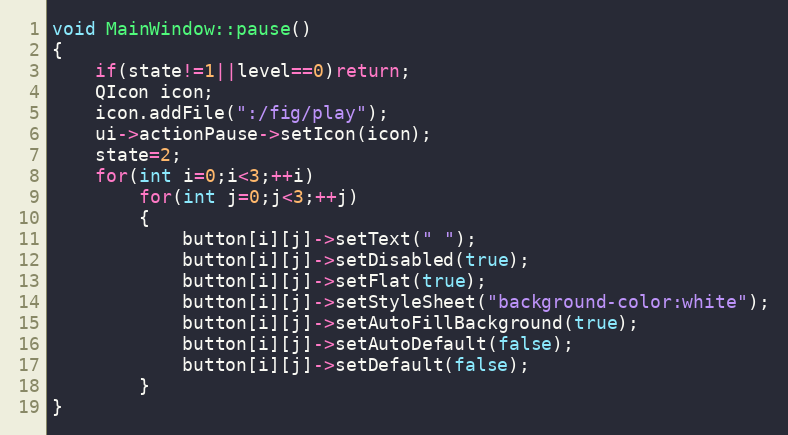
Language: C++
void MainWindow::pause()
{
    if(state!=1||level==0)return;
    QIcon icon;
    icon.addFile(":/fig/play");
    ui->actionPause->setIcon(icon);
    state=2;
    for(int i=0;i<3;++i)
        for(int j=0;j<3;++j)
        {
            button[i][j]->setText(" ");
            button[i][j]->setDisabled(true);
            button[i][j]->setFlat(true);
            button[i][j]->setStyleSheet("background-color:white");
            button[i][j]->setAutoFillBackground(true);
            button[i][j]->setAutoDefault(false);
            button[i][j]->setDefault(false);
        }
}